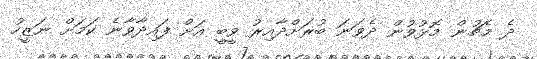
ދެ މެޗުން މޮޅުވުން ދެވަނަ ބުރަށްދާއިރު ވީބީ އަށް ފައިދާވާނެ ކަމަށް ނަޒީހު